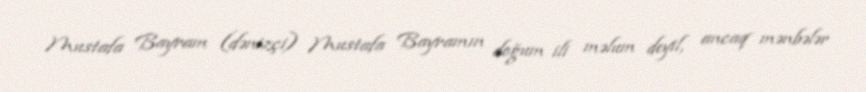
Mustafa Bayram (dənizçi) Mustafa Bayramın doğum ili məlum deyil, ancaq mənbələr